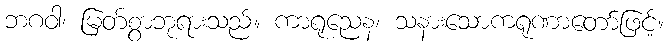
ဘဂဝါ၊ မြတ်စွာဘုရားသည်။ ကာရုညေန၊ သနားသောကရုဏာတော်ဖြင့်။